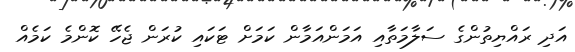
އަދި ރައްޔިތުންގެ ސަލާމަތާއި އަމަންއަމާން ކަމަށް ޓަކައި ކުރަން ޖެހޭ ކޮންމެ ކަމެއް